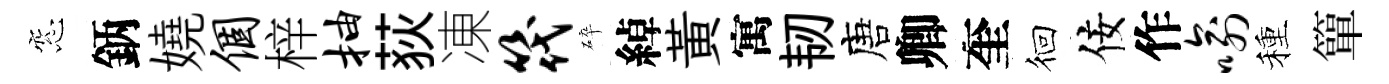
窓鈵嬈个梓抽荻凍筏碎綽黃寓韧唐卿奎徊佞作喻種簞